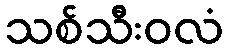
သစ်သီးဝလံ